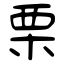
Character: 栗